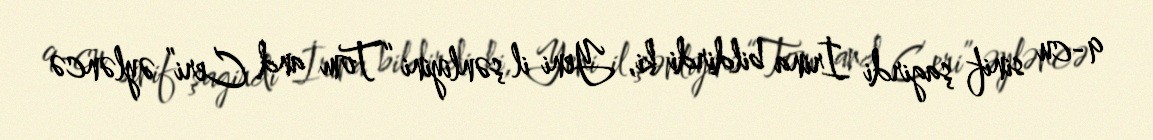
9-cu sinif şagirdi İrina bildirdi ki, Yeni il şənliyini “Tom and Ceri” əyləncə